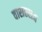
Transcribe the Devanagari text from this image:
वाराहराज